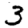
Digit: 3